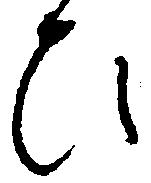
ひ